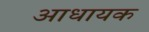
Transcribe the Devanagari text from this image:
आधायक